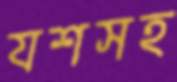
যশসহ